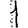
Digit: 1